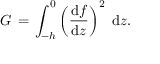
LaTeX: G \, = \, \int _ { - h } ^ { 0 } \left( { \frac { { \mathrm { d } } f } { { \mathrm { d } } z } } \right) ^ { 2 } \; { \mathrm { d } } z .